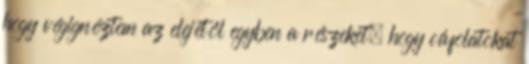
hogy végignéztem az elejétől egyben a részeket, hogy cáfolatokat